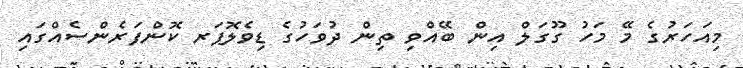
މިއަހަރުގެ މޭ މަހު ގޫގަލް އިން ބޭއްވި ތިން ދުވަހުގެ ޑިވެލޮޕަރ ކޮންފަރެންސެއްގައި